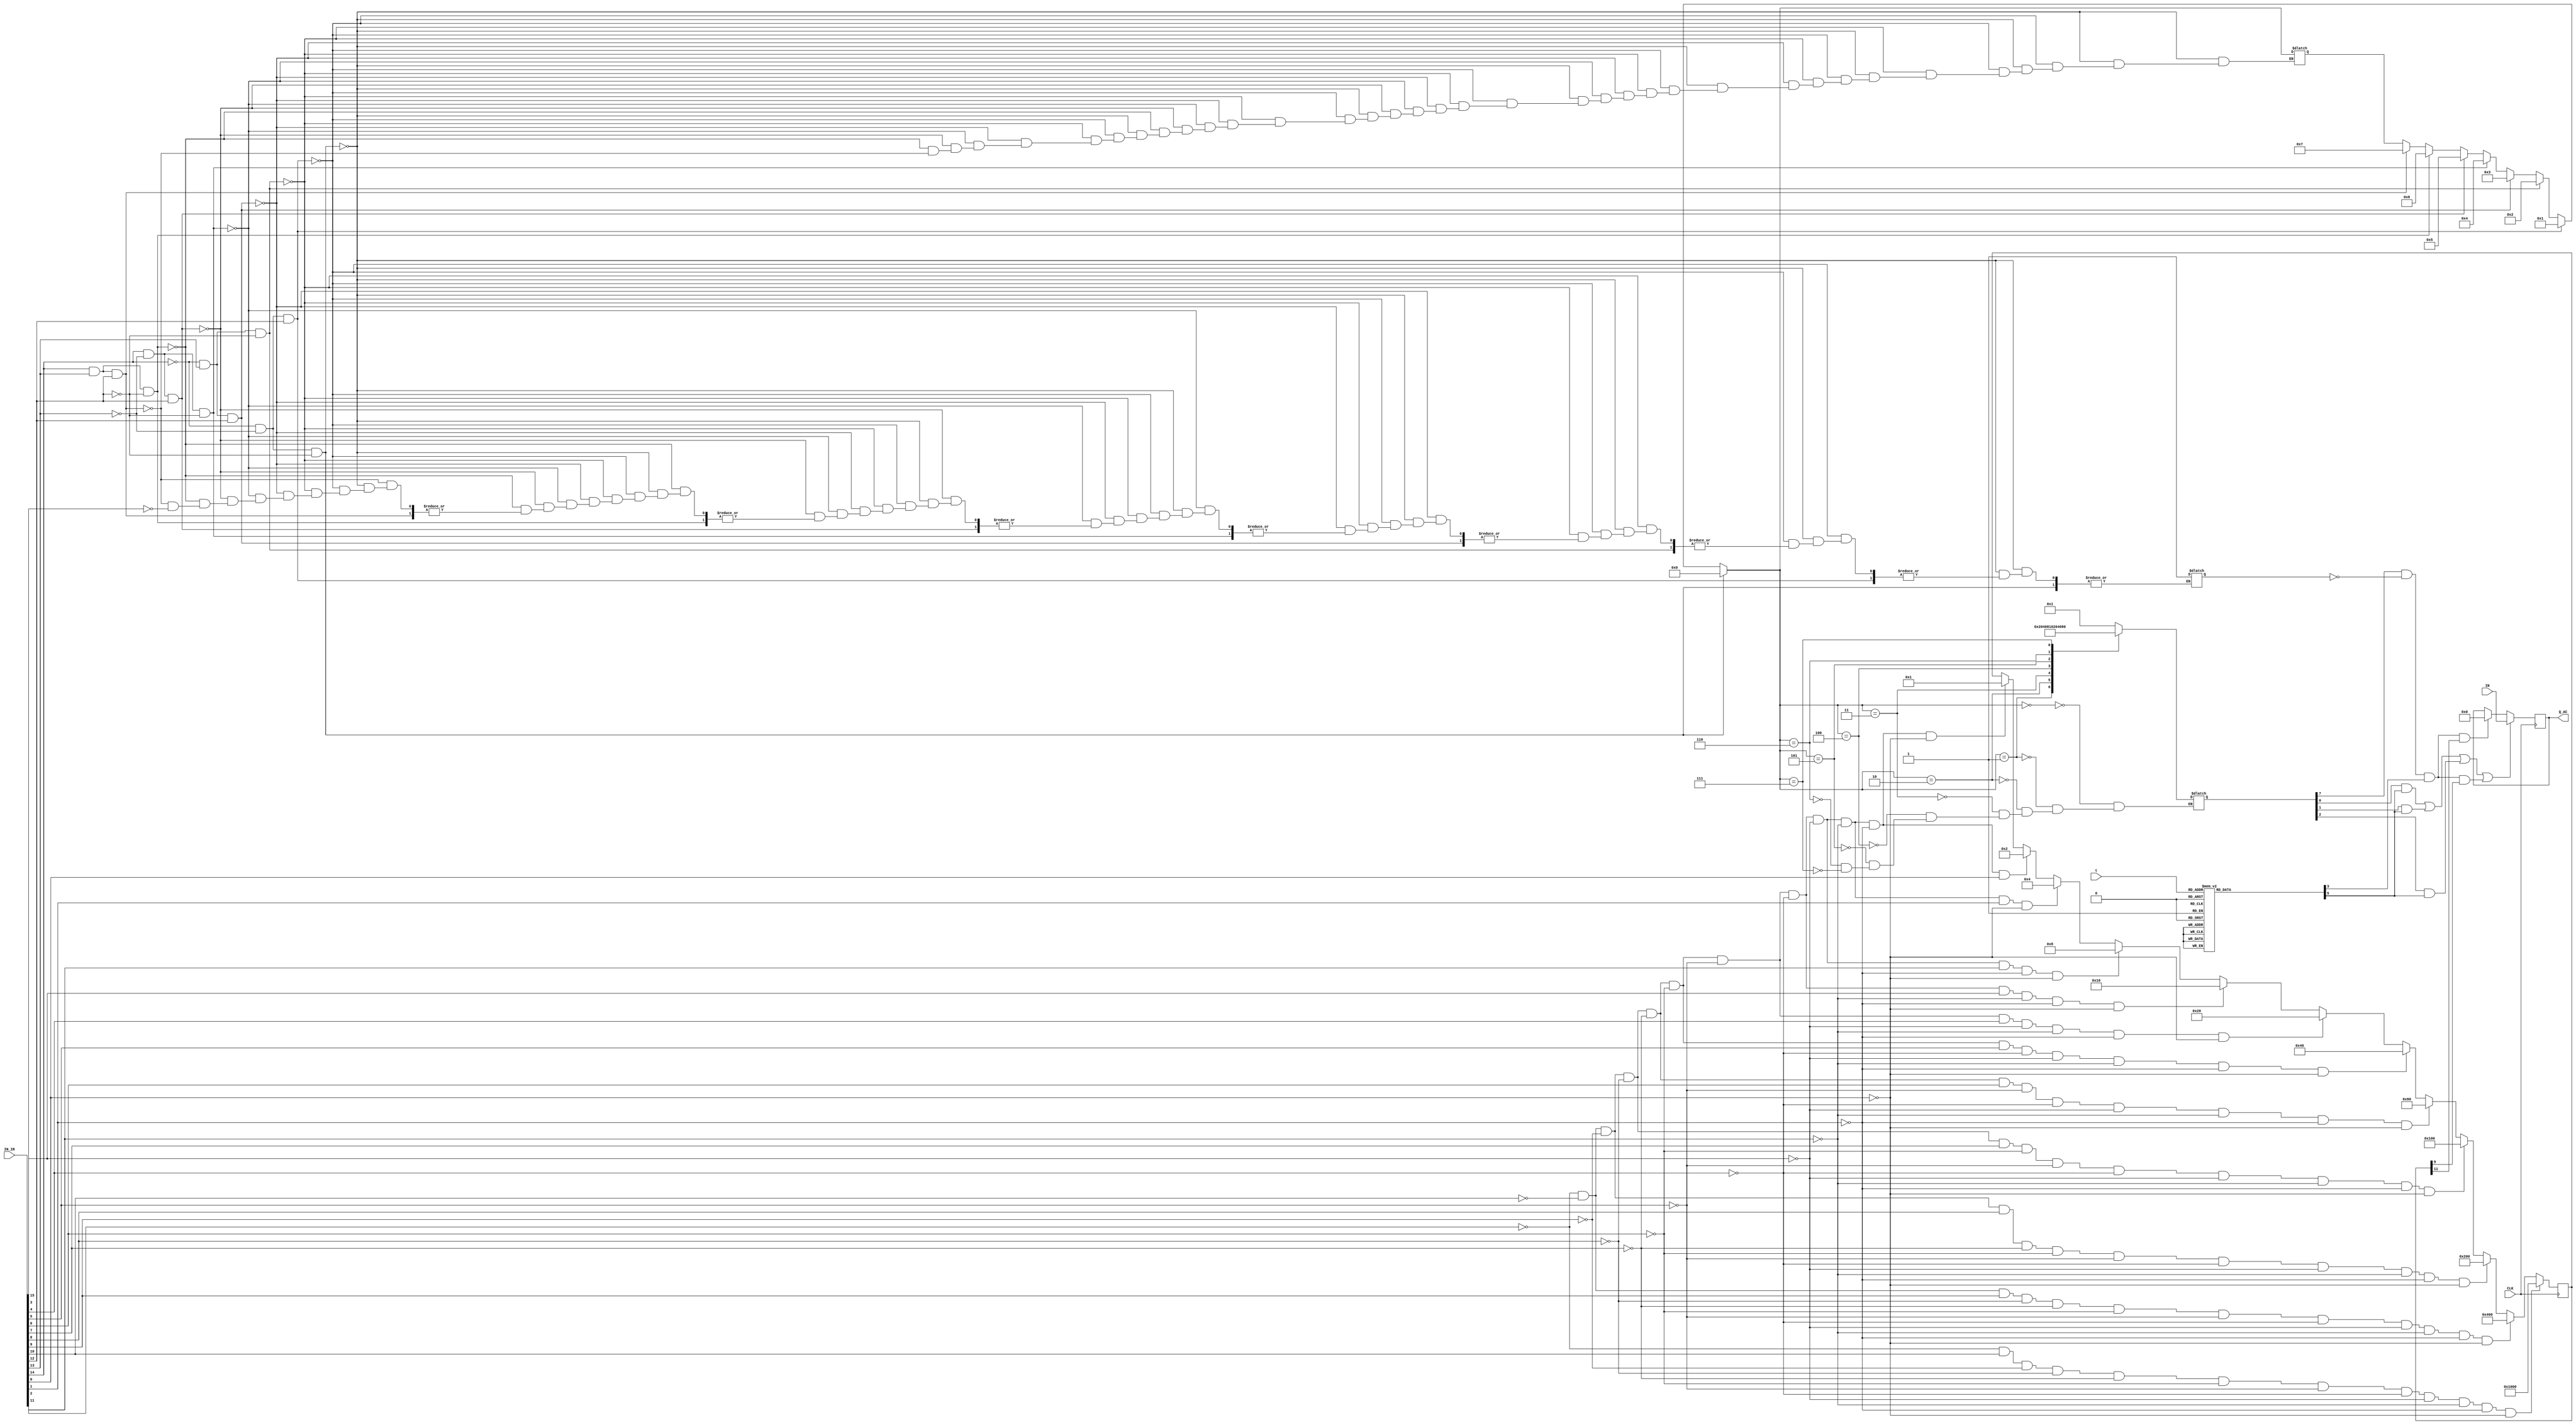
module REG_AC(

//-------(clock)-------
    input CLK,
//-------(input IR to know B)-------
    input [15:0]IN_IR,
//-------(input to register AC)-------
    input[15:0]IN,
//-------(input from seq_counter_3_bit)-------
    input[2:0]t,
//-------(output from register AC)-------    
    output reg[15:0]Q_AC
    
    );
    
//-------(wire to help)-------  
    reg i;   
    reg [3:0]d;
    reg [7:0]D;
    reg [7:0]T;
    reg [12:0]B;
    wire LD_AC,INC_AC,CLR_AC,r,p;
    
//------------------(initial value)--------------------

     initial
        begin
            i = 0;
            D = 0;
            B = 0;
            T = 0;
            d = 0;
            Q_AC = 0;

    end   

    always@(d or t or IN_IR)begin
         
//-----------------(SELECT MOST LEFT 4-BIT IN INSTRACTION REGISTER)----------------- 
           
                    if(~IN_IR[14] && ~IN_IR[13] && ~IN_IR[12])
                        d = 4'b0000;
                    else if(~IN_IR[14] && ~IN_IR[13] && IN_IR[12])
                        d = 4'b0001;
                    else if(~IN_IR[14] && IN_IR[13] && ~IN_IR[12])
                        d = 4'b0010;
                    else if(~IN_IR[14] && IN_IR[13] && IN_IR[12])
                        d = 4'b0011;
                    else if(IN_IR[14] && ~IN_IR[13] && ~IN_IR[12])
                        d = 4'b0100;
                    else if(IN_IR[14] && ~IN_IR[13] && IN_IR[12])
                        d = 4'b0101;
                    else if( IN_IR[14] && IN_IR[13] && ~IN_IR[12])
                        d = 4'b0110;
                    else if(IN_IR[14] && IN_IR[13] && IN_IR[12])
                        d = 4'b0111;
                    else if(IN_IR[15])
                        i = 1;
                
//-----------(select D)-----------    

           case(d)    
                4'b000: D = 8'h01;
                4'b001: D = 8'h02;
                4'b010: D = 8'h04;
                4'b011: D = 8'h08;
                4'b100: D = 8'h10;
                4'b101: D = 8'h20;
                4'b110: D = 8'h40;
                4'b111: D = 8'h80;
            endcase
            
//-----------(select T)-----------    

            case(t)    
                4'b000: T = 8'h01;
                4'b001: T = 8'h02;
                4'b010: T = 8'h04;
                4'b011: T = 8'h08;
                4'b100: T = 8'h10;
                4'b101: T = 8'h20;
                4'b110: T = 8'h40;
                4'b111: T = 8'h80;
            endcase
    
    end
               
    always@(posedge CLK)begin
        
//-----------(select B)-----------    

            if(~IN_IR[11] && ~IN_IR[10] && ~IN_IR[9] && ~IN_IR[8] && ~IN_IR[7] && ~IN_IR[6] && ~IN_IR[5] && ~IN_IR[4]&& ~IN_IR[3] && ~IN_IR[2] && ~IN_IR[1]&& ~IN_IR[0])
                B = 13'b0000000000001;
            if(~IN_IR[11] && ~IN_IR[10] && ~IN_IR[9] && ~IN_IR[8] && ~IN_IR[7] && ~IN_IR[6] && ~IN_IR[5] && ~IN_IR[4]&& ~IN_IR[3] && ~IN_IR[2] && ~IN_IR[1]&& IN_IR[0])
                B = 13'b0000000000010;      
            if(~IN_IR[11] && ~IN_IR[10] && ~IN_IR[9] && ~IN_IR[8] && ~IN_IR[7] && ~IN_IR[6] && ~IN_IR[5] && ~IN_IR[4]&& ~IN_IR[3] && ~IN_IR[2] && IN_IR[1]&& ~IN_IR[0])
                B = 13'b0000000000100;
            if(~IN_IR[11] && ~IN_IR[10] && ~IN_IR[9] && ~IN_IR[8] && ~IN_IR[7] && ~IN_IR[6] && ~IN_IR[5] && ~IN_IR[4]&& ~IN_IR[3] && IN_IR[2] && ~IN_IR[1]&& ~IN_IR[0])
                B = 13'b0000000001000;  
            if(~IN_IR[11] && ~IN_IR[10] && ~IN_IR[9] && ~IN_IR[8] && ~IN_IR[7] && ~IN_IR[6] && ~IN_IR[5] && ~IN_IR[4]&& IN_IR[3] && ~IN_IR[2] && ~IN_IR[1]&& ~IN_IR[0])
                B = 13'b0000000010000;
            if(~IN_IR[11] && ~IN_IR[10] && ~IN_IR[9] && ~IN_IR[8] && ~IN_IR[7] && ~IN_IR[6] && ~IN_IR[5] && IN_IR[4]&& ~IN_IR[3] && ~IN_IR[2] && ~IN_IR[1]&& ~IN_IR[0])
                B = 13'b0000000100000;
            if(~IN_IR[11] && ~IN_IR[10] && ~IN_IR[9] && ~IN_IR[8] && ~IN_IR[7] && ~IN_IR[6] && IN_IR[5] && ~IN_IR[4]&& ~IN_IR[3] && ~IN_IR[2] && ~IN_IR[1]&& ~IN_IR[0])
                B = 13'b0000001000000;
            if(~IN_IR[11] && ~IN_IR[10] && ~IN_IR[9] && ~IN_IR[8] && ~IN_IR[7] && IN_IR[6] && ~IN_IR[5] && ~IN_IR[4]&& ~IN_IR[3] && ~IN_IR[2] && ~IN_IR[1]&& ~IN_IR[0])
                B = 13'b0000010000000;
            if(~IN_IR[11] && ~IN_IR[10] && ~IN_IR[9] && ~IN_IR[8] && IN_IR[7] && ~IN_IR[6] && ~IN_IR[5] && ~IN_IR[4]&& ~IN_IR[3] && ~IN_IR[2] && ~IN_IR[1]&& ~IN_IR[0])
                B = 12'b0000100000000;          
            if(~IN_IR[11] && ~IN_IR[10] && ~IN_IR[9] && IN_IR[8] && ~IN_IR[7] && ~IN_IR[6] && ~IN_IR[5] && ~IN_IR[4]&& ~IN_IR[3] && ~IN_IR[2] && ~IN_IR[1]&& ~IN_IR[0])
                B = 13'b0001000000000;
            if(~IN_IR[11] && ~IN_IR[10] && IN_IR[9] && ~IN_IR[8] && ~IN_IR[7] && ~IN_IR[6] && ~IN_IR[5] && ~IN_IR[4]&& ~IN_IR[3] && ~IN_IR[2] && ~IN_IR[1]&& ~IN_IR[0])
                B = 13'b0010000000000;
            if(~IN_IR[11] && IN_IR[10] && ~IN_IR[9] && ~IN_IR[8] && ~IN_IR[7] && ~IN_IR[6] && ~IN_IR[5] && ~IN_IR[4]&& ~IN_IR[3] && ~IN_IR[2] && ~IN_IR[1]&& ~IN_IR[0])
                B = 13'b0100000000000;
            if(~IN_IR[11] && IN_IR[10] && ~IN_IR[9] && ~IN_IR[8] && ~IN_IR[7] && ~IN_IR[6] && ~IN_IR[5] && ~IN_IR[4]&& ~IN_IR[3] && ~IN_IR[2] && ~IN_IR[1]&& ~IN_IR[0])
                B = 13'b1000000000000;
        end 
    
//---------( Funtion of lD & CLR & INC)---------

assign r  = D[7] & ~i & T[3];
assign p = D[7] & i & T[3];

    always@(posedge CLK)begin
        
                
//-----------------For Load (LD_AC)-----------------  
            
            if(( D[0] && T[5] ) || ( D[1] && T[5] ) || ( D[2] && T[5] ) ||  ( r && B[9] ))
                Q_AC = IN;
                
//-----------------For Clear (CLR_AC)-----------------              
                
            else if(r && B[11])
                Q_AC = 0;

    end
    
endmodule